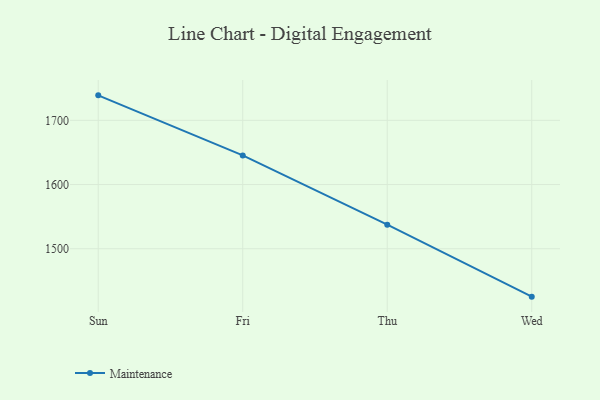
{"axis": {"x": "Day", "y": "Gross Profit (USD K)"}, "legend": ["Maintenance"], "data": [{"x": "Sun", "y": 1738.9, "type": "Maintenance"}, {"x": "Fri", "y": 1645.4, "type": "Maintenance"}, {"x": "Thu", "y": 1537.5, "type": "Maintenance"}, {"x": "Wed", "y": 1425.4, "type": "Maintenance"}]}